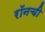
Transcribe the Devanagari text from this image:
रॉनची